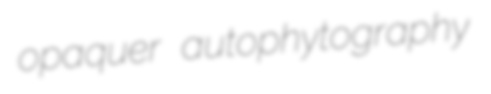
opaquer autophytography